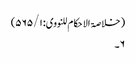
( خلاصۃ الا حکام للنووی: ۵۶۵/۱)
۶۔